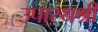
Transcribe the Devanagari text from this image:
उपास्थश्री